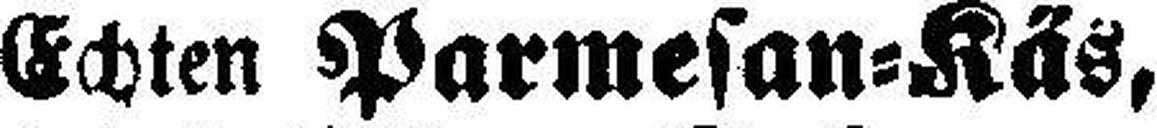
Echten Parmesan=Käs,